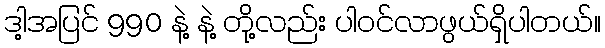
ဒါ့အပြင် 990 နဲ့ နဲ့ တို့လည်း ပါဝင်လာဖွယ်ရှိပါတယ်။